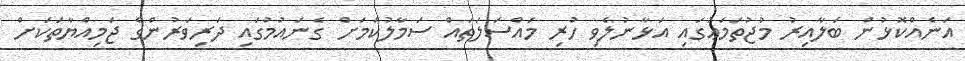
އަނެއްކޮޅުން ބަލާއިރު މުޖުތަމަޢުގައި އަޅާނުލެވި ހުރި މައްސަލަތައް ސަމާލުކަމަށް ގެނައުމުގައި ދަރިވަރުންގެ ޖަމިއްޔާތަކަށް